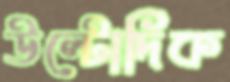
উল্টোদিক